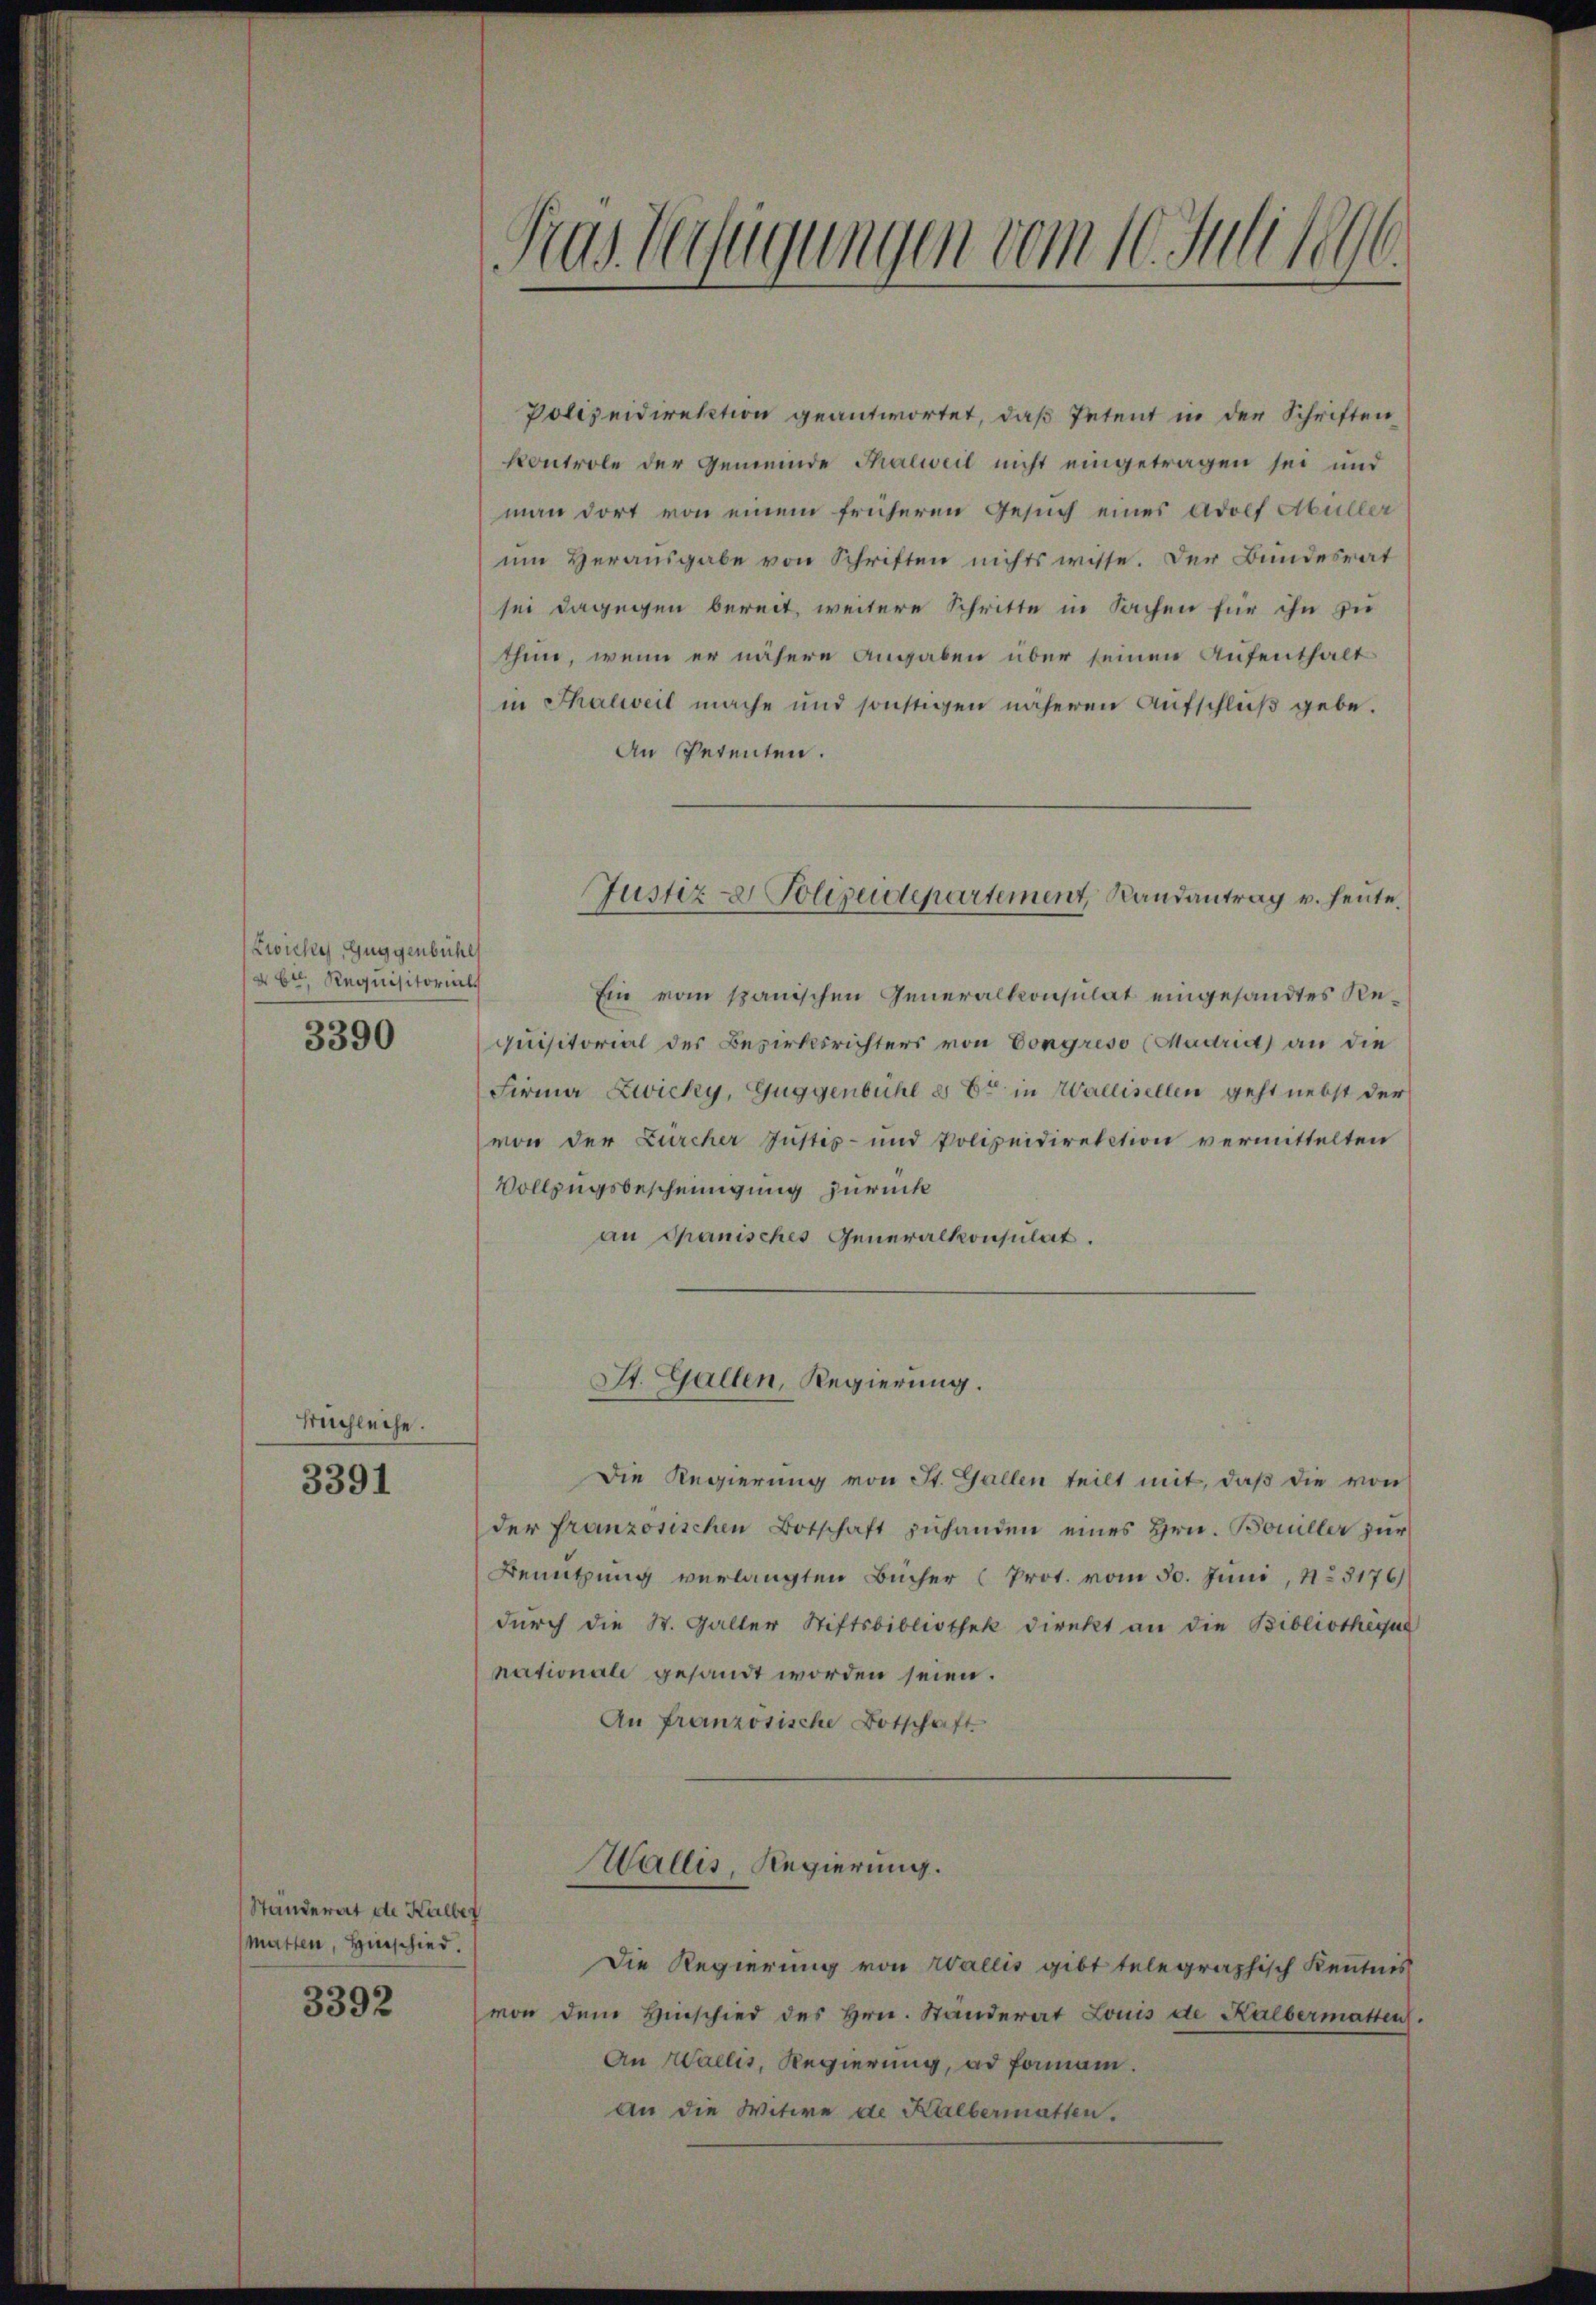
Zwicke, Guggenbühl
bt Requisitorials
3390

Büchleihe.

3391

Ständerat de Kalber
Matten, Hinschied.

3392

Pras Verfügungen vom 10. Juli 1896.

Polizeidirektion geantwortet, daß Petent in der Schriften
kontrole der Gemeinde Thalweil nicht eingetragen sei und
man dort von einem früheren Gesuch eines Adolf Abüller
um Herausgabe von Schriften nichts wisse. Der Bundesrat
sei dagegen bereit, weitere Schritte in Sachen für ihn zu
thun, wenn er nähere Angaben über seinen Aufenthalt
in Thalweil mache und sonstigen näheren Aufschluß gebe.
An Petenten.
Justiz- & Polizeidepartement, Randantrag u. heute
Ein vom spanischen Generalkonsulat eingesandtes Requisitorial der Bezirksrichters von Congreso (Madrid) an die
Firma Zwicky, Guggenbühl es Er in Wallisellen geht nebst der
(von der Zürcher Justiz- und Polizeidirektion vermittelten
Vollzugsbescheinigung zurück
an Chanisches Generalkonsulat.

St. Gallen, Regierung.

Die Regierung von St. Gallen teilt mit, daß die von
der französischen Botschaft zuhanden eines Hrn. Bouiller zur
Benutzung verlangten Bücher (Prot. vom 30. Juni, No 3176)
durch die St. Galler Stiftsbibliothek direkt an die Bibliothèque
nationale gesandt worden seien.
An französische Botschaft
Wallis, Regierung.
Die Regierung von Wallis gibt telegraphisch Kenntnis
von dem Hinschied des Hrn. Ständerat Louis de Kalbermatten.
An Wallis, Regierung, ad formann.
An die Witwe de Halbermatten.